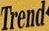
Trend